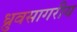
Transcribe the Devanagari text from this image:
ध्रुवसागरीय